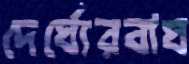
দের্ঘ্যেরবাঘ